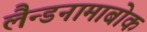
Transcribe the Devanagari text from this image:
लैन्डनामाबोक